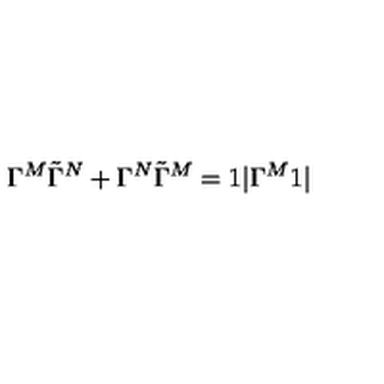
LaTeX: \Gamma ^ { M } \tilde { \Gamma } ^ { N } + \Gamma ^ { N } \tilde { \Gamma } ^ { M } = 1 | \Gamma ^ { M } 1 |